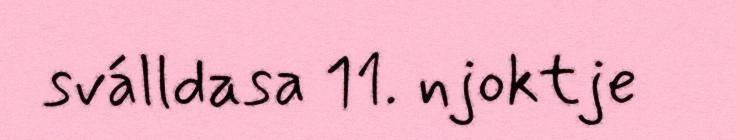
sválldasa 11. njoktje